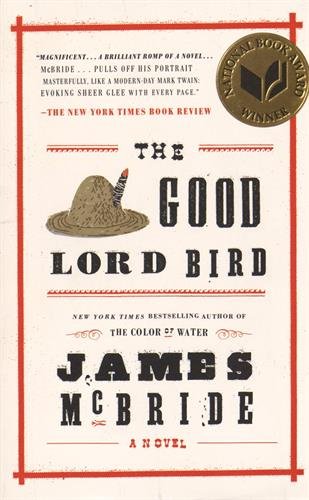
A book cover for The Good Lord Bird; James McBride; Literature & Fiction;